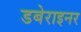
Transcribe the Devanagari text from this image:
डबेराइनर